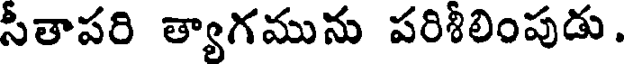
సీతాపరి త్యాగమును పరిశీలింపుడు.